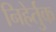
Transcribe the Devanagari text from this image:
निहेर्तुक